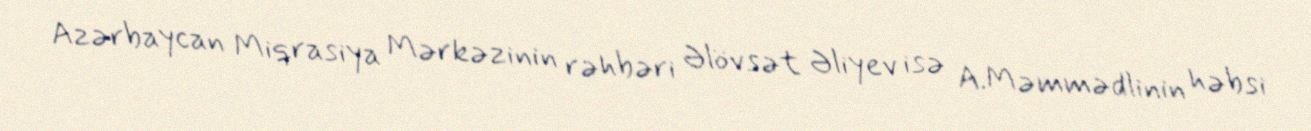
Azərbaycan Miqrasiya Mərkəzinin rəhbəri Əlövsət Əliyev isə A.Məmmədlinin həbsi